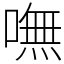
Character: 嘸